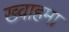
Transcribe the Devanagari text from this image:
ख्वाहमा